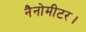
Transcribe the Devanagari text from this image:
नैनोमीटर।